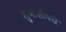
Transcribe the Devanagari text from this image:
शुभाशीषसे